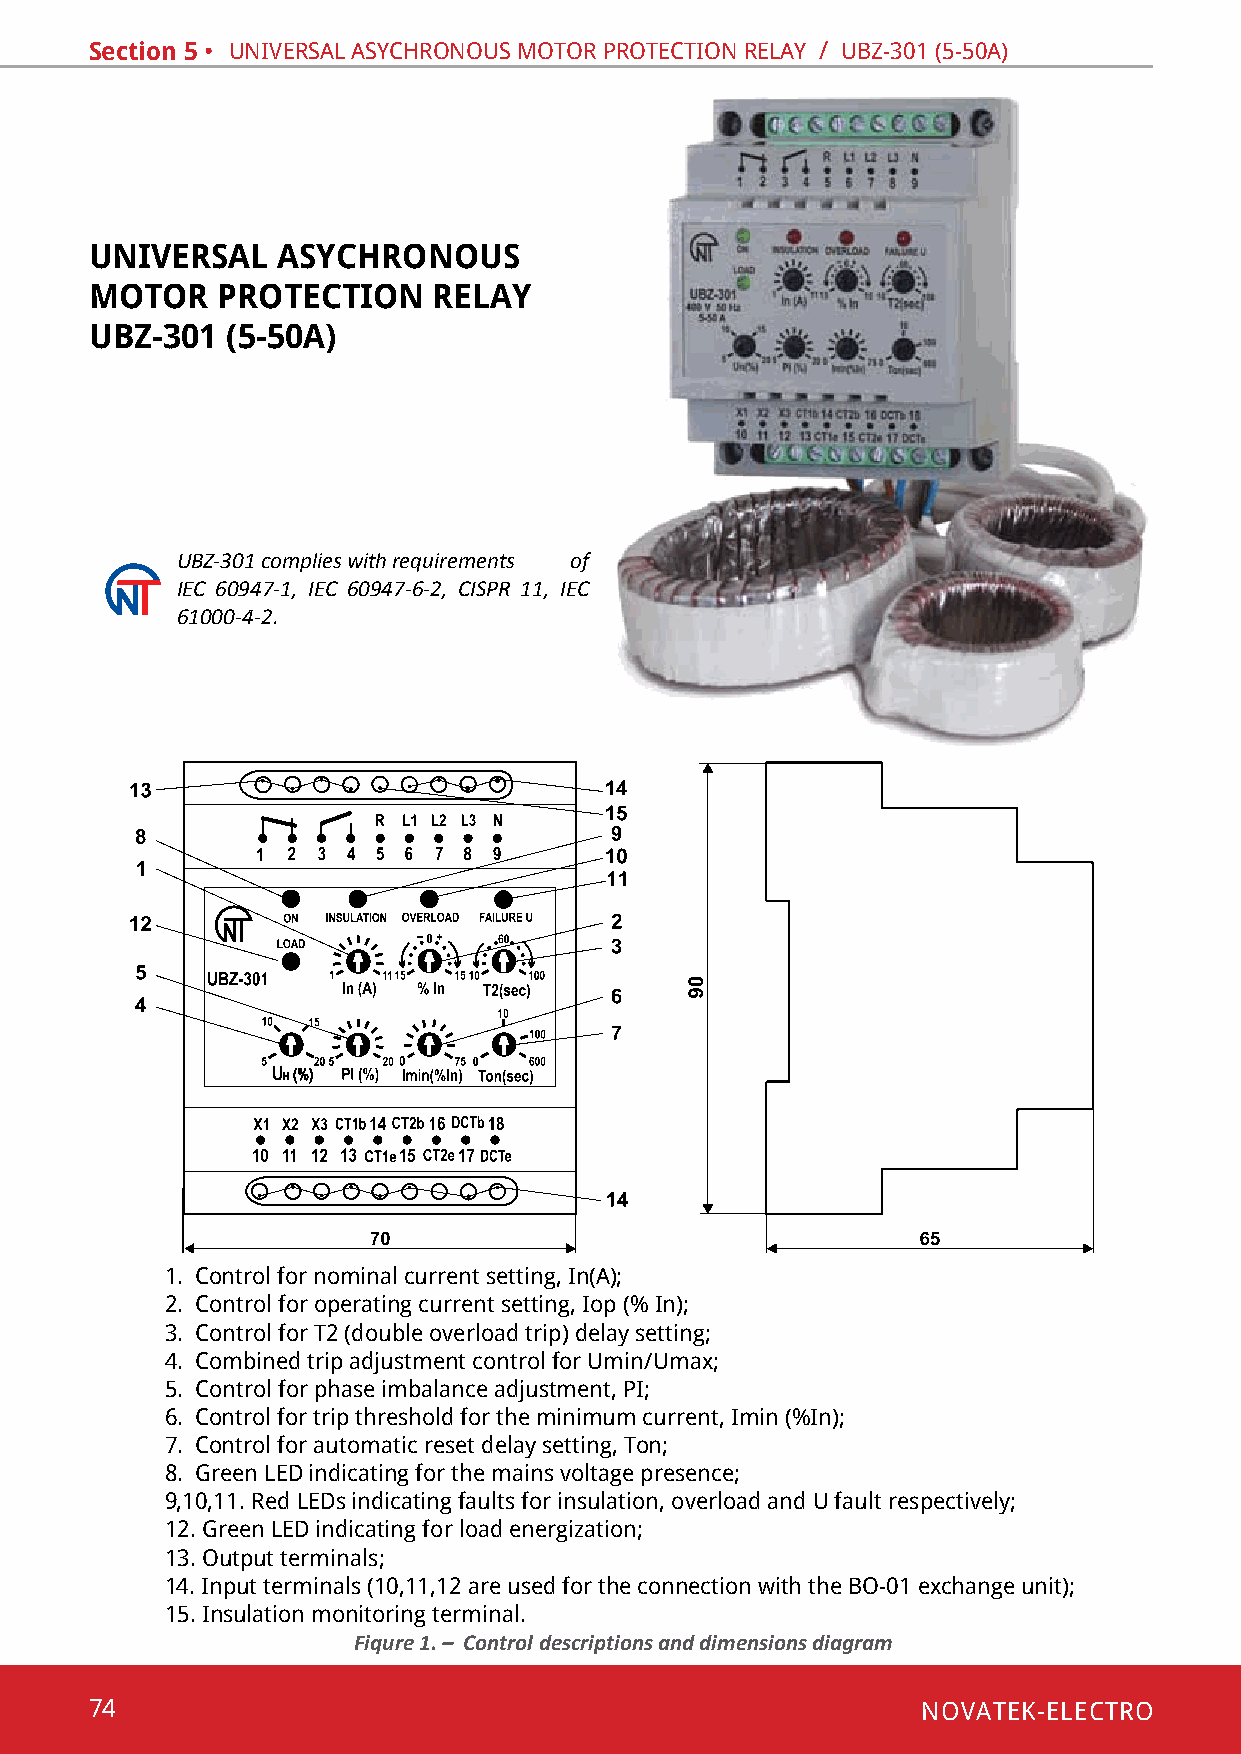
Section 5 • univeRsal asYchRonous motoR pRotection RelaY / ubZ-301 (5-50a)
 UNIVERSAL   ASYCHRONOUS
 MOTOR   PROTECTION     RELAY
 UBZ-301  (5-50A)
 UBZ-301 complies with requirements of
 IEC 60947-1, ІEC 60947-6-2, CISPR 11, IEC
 61000-4-2.
 1. control for nominal current setting, in(a);
 2. control for operating current setting, iop (% in);
 3. control for t2 (double overload trip) delay setting;
 4. Combined trip adjustment control for Umin/Umax;
 5. control for phase imbalance adjustment, pi;
 6. control for trip threshold for the minimum current, imin (%in);
 7. control for automatic reset delay setting, ton;
 8. Green led indicating for the mains voltage presence;
 9,10,11. Red leds indicating faults for insulation, overload and u fault respectively;
 12. Green led indicating for load energization;
 13. output terminals;
 14. Input terminals (10,11,12 are used for the connection with the BO-01 exchange unit);
 15. insulation monitoring terminal.
 Fiqure 1. – Control descriptions and dimensions diagram
 74                                                     NOVATEK-ELECTRO